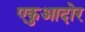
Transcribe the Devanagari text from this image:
एकुआदोर